Bombay plague: being a history of the progress of plague in the Bombay presidency from September 1896 to June 1899
Year: 1896
Disease focus: Plague
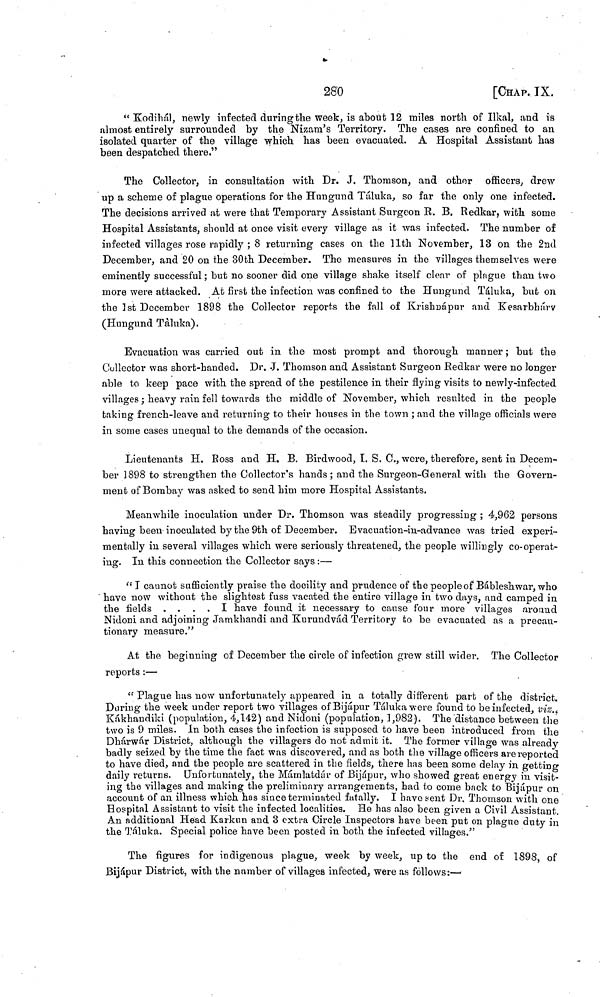
280
[CHAP. IX.
" Kodihál, newly infected during the week, is about 12 miles north of Ilkal, and is
almost entirely surrounded by the Nizam's Territory. The cases are confined to an
isolated quarter of the village which has been evacuated. A Hospital Assistant has
been despatched there."
The Collector, in consultation with Dr. J. Thomson, and other officers, drew
up a scheme of plague operations for the Hungund Taluka, so far the only one infected.
The decisions arrived at were that Temporary Assistant Surgeon R. B. Redkar, with some
Hospital Assistants, should at once visit every village as it \vas infected. The number of
infected villages rose rapidly ; 8 returning cases on the 11th November, 13 on the 2nd
December, and 20 on the 30th December. The measures in the villages themselves were
eminently successful ; but no sooner did one village shake itself clear of plague than two
more were attacked. At first the infection was confined to the Hungund Táluka, but on
the 1st December 1898 the Collector reports the fall of Krishimpur and Kesarbhárv
(Hungund Taluka).
Evacuation was carried out in the most prompt and thorough manner ; but the
Collector was short-handed. Dr. J. Thomson and Assistant Surgeon Redkar were no longer
able to keep pace with the spread of the pestilence in their flying visits to newly-infected
villages ; heavy rain fell towards the middle of November, which resulted in the people
taking french-leave and returning to their houses in the town ; and the village officials were
in some cases unequal to the demands of the occasion.
Lieutenants H. Eoss and H. B. Birdwood, I. S. C., were, therefore, sent in Decem-
ber 1898 to strengthen the Collector's hands ; and the Surgeon-General with the Govern-
ment of Bombay was asked to send him more Hospital Assistants.
Meanwhile inoculation under Dr. Thomson was steadily progressing ; 4,962 persons
having been inoculated by the 9th of December. Bvacuation-in-advance was tried experi-
mentally in several villages which were seriously threatened, the people willingly co-operat-
ing. In this connection the Collector says :—
"I cannot sufficiently praise the docility and prudence of the people of Bábleshwar, who
have now without the slightest fuss vacated the entire village in two days, and camped in
the fields ....
I have found it necessary to cause four more villages around
Nidoni and adjoining Jamkhandi and Kurundvád Territory to be evacuated as a precau-
tionary measure."
At the beginning of December the circle of infection grew still wider. The Collector
reports :—
" Plague has now unfortunately appeared in a totally different part of the district.
During the week under report two villages of Bijápur Taluka were found to be infected, viz.,
Kákhandiki (population, 4,142) and Nidoni (population, 1,982). The distance between the
two is 9 miles. In both cases the infection is supposed to have been introduced from the
Dhárwár District, although the villagers do not admit it. The former village was already
badly seized by the time the fact was discovered, and as both the village officers are reported
to have died, and the people are scattered in the fields, there has been some delay in getting
daily returns. Unfortunately, the Mámlatdár of Bijápur, who showed great energy in visit-
ing the villages and making the preliminary arrangements, had to come back to Bijápur on
account of an illness which has since terminated fatally. I have sent Dr. Thomson with one
Hospital Assistant to visit the infected localities. He has also been given a Civil Assistant.
An additional Head Κarkun and 3 extra Circle Inspectors have been put on plague duty in
the Táluka. Special police have been posted in both the infected villages."
The figures for indigenous plague, week by week, up to the end of 1898, of
Bijápur District, with the number of villages infected, were as follows:—